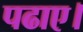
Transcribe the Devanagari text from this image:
पढाए।